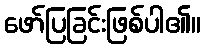
ဖော်ပြခြင်းဖြစ်ပါ၏။